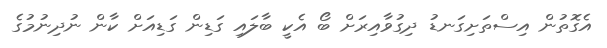
އެގޮތުން އިސްތަށިގަނޑު ދިގުވާއިރަށް ބޯ އެކީ ބާލައި ގަޑިން ގަޑިއަށް ކާން ނުދިނުމުގެ